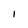
Character: 1